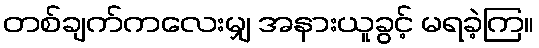
တစ်ချက်ကလေးမျှ အနားယူခွင့် မရခဲ့ကြ။